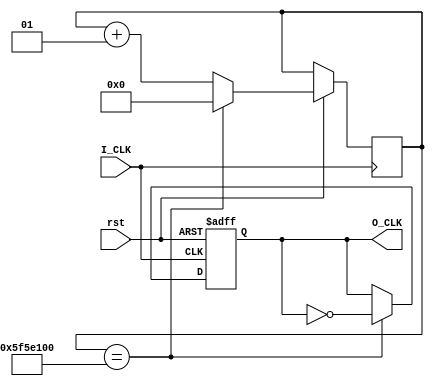
`timescale 1ns / 1ps
//////////////////////////////////////////////////////////////////////////////////
// Company: 
// Engineer: 
// 
// Design Name: 
// Module Name: Divider
// Project Name: 
// Target Devices: 
// Tool Versions: 
// Description: 
// 
// Dependencies: 
// 
// Revision:
// Revision 0.01 - File Created
// Additional Comments:
// 
//////////////////////////////////////////////////////////////////////////////////

module Divider(
    input I_CLK,
    input rst,
    output reg O_CLK
    );
    parameter N=100000000;
    integer count=0;
    always @(negedge rst or posedge I_CLK )
        begin
            if(!rst)
                O_CLK=0;
            else
            begin
                if(count==N)
                    begin
                        O_CLK=~O_CLK;
                        count=0;
                    end
                else
                    count=count+1;
            end
        end
    endmodule